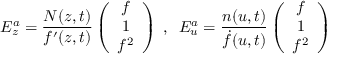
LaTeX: E _ { z } ^ { a } = \frac { N ( z , t ) } { f ^ { \prime } ( z , t ) } \left( \begin{array} { c } { { f } } \\ { { 1 } } \\ { { f ^ { 2 } } } \end{array} \right) \; , \; \; E _ { u } ^ { a } = \frac { n ( u , t ) } { \dot { f } ( u , t ) } \left( \begin{array} { c } { { f } } \\ { { 1 } } \\ { { f ^ { 2 } } } \end{array} \right)